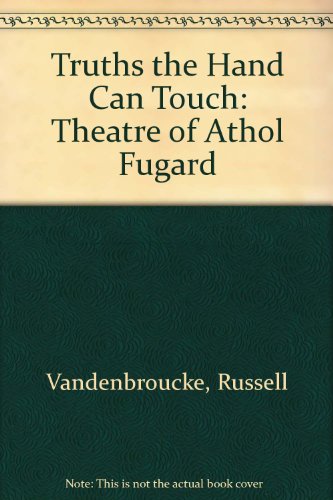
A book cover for Truths The Hand Can Touch; Russell Vandenbroucke; Literature & Fiction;